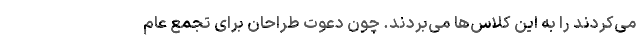
می‌‌کردند را به این کلاس‌ها می‌بردند. چون دعوت طراحان برای تجمع عام